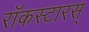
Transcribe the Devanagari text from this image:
रॉकस्टारस्